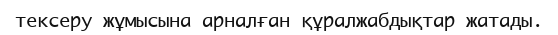
тексеру жұмысына арналған құралжабдықтар жатады.